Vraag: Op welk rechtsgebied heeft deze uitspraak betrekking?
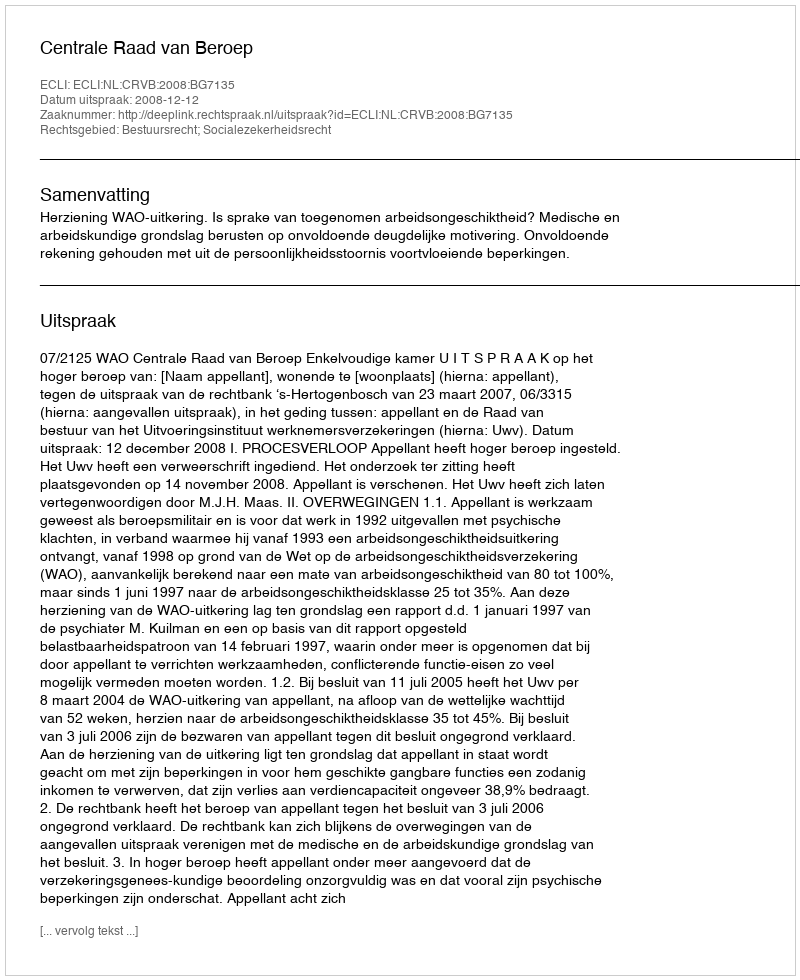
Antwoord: Bestuursrecht; Socialezekerheidsrecht